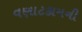
વણાટકામની